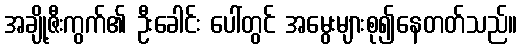
အချို့ဇီးကွက်၏ ဦးခေါင်း ပေါ်တွင် အမွေးများစု၍နေတတ်သည်။